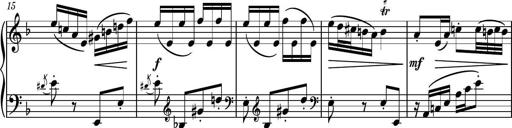
Title: Piano Sonatina No.1
Composer: Dimitri Sykias
Key: D minor